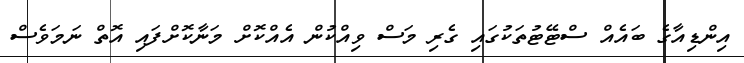
އިންޑިއާގެ ބައެއް ސްޓޭޓުތަކުގައި ގެރި މަސް ވިއްކުން އެއްކޮށް މަނާކޮށްފައި އޮތް ނަމަވެސް